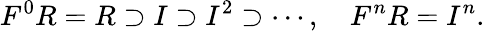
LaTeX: F^{0}R=R\supset I\supset I^{2}\supset\cdots,\quad F^{n}R=I^{n}.